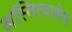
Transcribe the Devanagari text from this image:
अस्तित्वाशेष